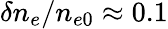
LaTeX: \delta{n_{e}}/n_{e0}\approx 0.1